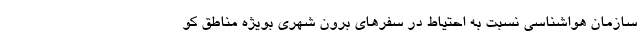
سازمان هواشناسی نسبت به احتیاط در سفرهای برون شهری بویژه مناطق کو